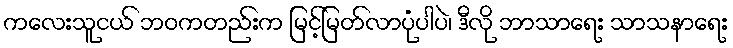
ကလေးသူငယ် ဘဝကတည်းက မြင့်မြတ်လာပုံပါပဲ၊ ဒီလို ဘာသာရေး သာသနာရေး